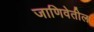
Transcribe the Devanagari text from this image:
जाणिवेतील